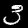
Label: 3